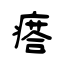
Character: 瘩